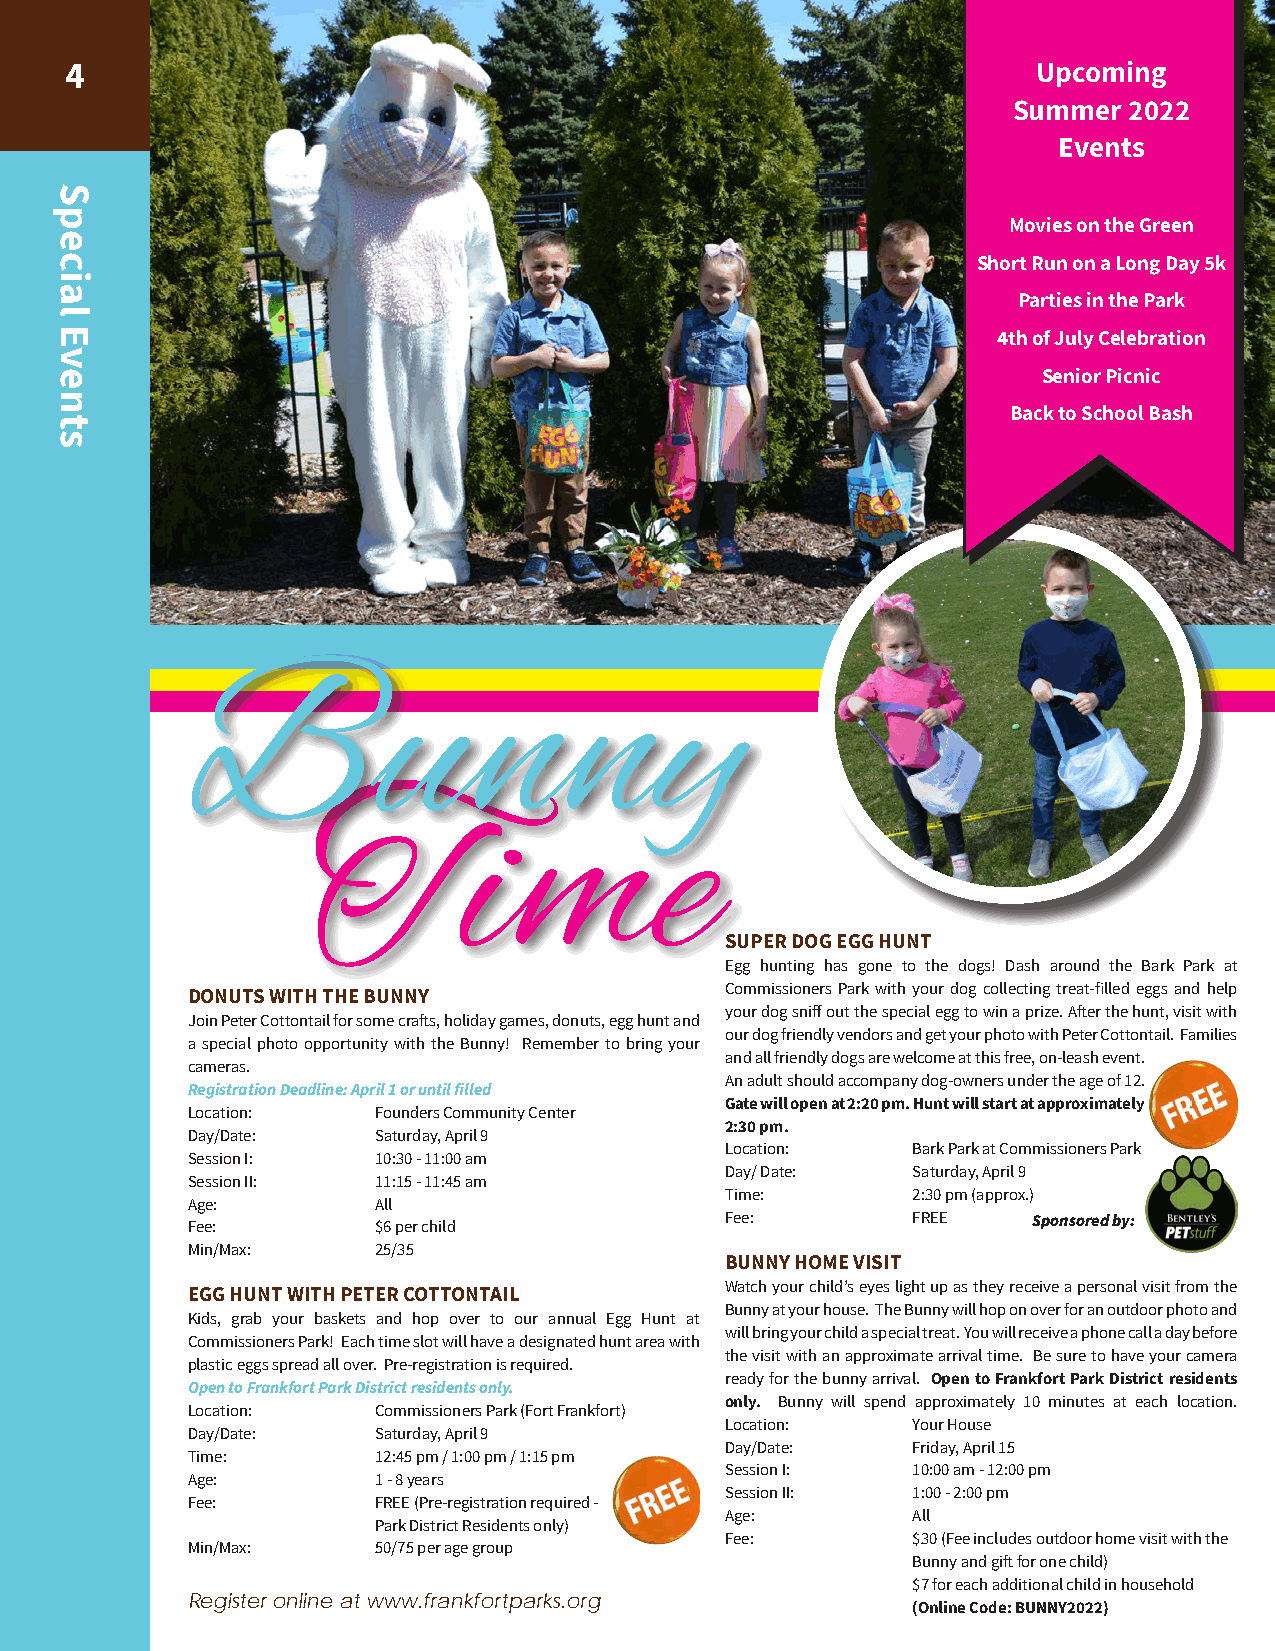
4                                                                Upcoming
 Summer  2022
 Events
 Movies on the Green
 Short Run on a Long Day 5k
 Parties in the Park
 4th of July Celebration
 Senior Picnic
 Back to School Bash
 Bunny
 Time
 SUPER DOG EGG HUNT
 Egg hunting has gone to the dogs! Dash around the Bark Park at
 Commissioners Park with your dog collecting treat-filled eggs and help
 DONUTS WITH THE BUNNY
 your dog sniff out the special egg to win a prize. After the hunt, visit with
 Join Peter Cottontail for some crafts, holiday games, donuts, egg hunt and
 our dog friendly vendors and get your photo with Peter Cottontail. Families
 a special photo opportunity with the Bunny! Remember to bring your
 and all friendly dogs are welcome at this free, on-leash event.
 cameras.
 An adult should accompany dog-owners under the age of 12.
 Registration Deadline: April 1 or until filled
 Gate will open at 2:20 pm. Hunt will start at approximately
 Location:    Founders Community Center
 2:30 pm.
 Day/Date:    Saturday, April 9
 Location:   Bark Park at Commissioners Park
 Session I:   10:30 - 11:00 am
 Day/ Date:  Saturday, April 9
 Session II:  11:15 - 11:45 am
 Time:       2:30 pm (approx.)
 Age:         All
 Fee:        FREE    Sponsored by:
 Fee:         $6 per child
 Min/Max:     25/35
 BUNNY HOME VISIT
 Watch your child’s eyes light up as they receive a personal visit from the
 EGG HUNT WITH PETER COTTONTAIL
 Bunny at your house. The Bunny will hop on over for an outdoor photo and
 Kids, grab your baskets and hop over to our annual Egg Hunt at
 will bring your child a special treat. You will receive a phone call a day before
 Commissioners Park! Each time slot will have a designated hunt area with
 the visit with an approximate arrival time. Be sure to have your camera
 plastic eggs spread all over. Pre-registration is required.
 ready for the bunny arrival. Open to Frankfort Park District residents
 Open to Frankfort Park District residents only.
 only. Bunny will spend approximately 10 minutes at each location.
 Location:    Commissioners Park (Fort Frankfort)
 Location:   Your House
 Day/Date:    Saturday, April 9
 Day/Date:   Friday, April 15
 Time:        12:45 pm / 1:00 pm / 1:15 pm
 Session I:  10:00 am - 12:00 pm
 Age:         1 - 8 years
 Session II: 1:00 - 2:00 pm
 Fee:         FREE (Pre-registration required -
 Age:        All
 Park District Residents only)
 Fee:        $30 (Fee includes outdoor home visit with the
 Min/Max:     50/75 per age group
 Bunny and gift for one child)
 $7 for each additional child in household
 Register online at www.frankfortparks.org
 (Online Code: BUNNY2022)
 Special
 Events